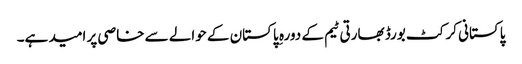
پاکستانی کرکٹ بورڈ بھارتی ٹیم کے دورہ ِ پاکستان کے حوالے سے خاصی پر امید ہے۔